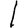
Digit: 1